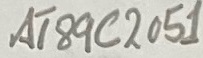
Text: AT89C2051